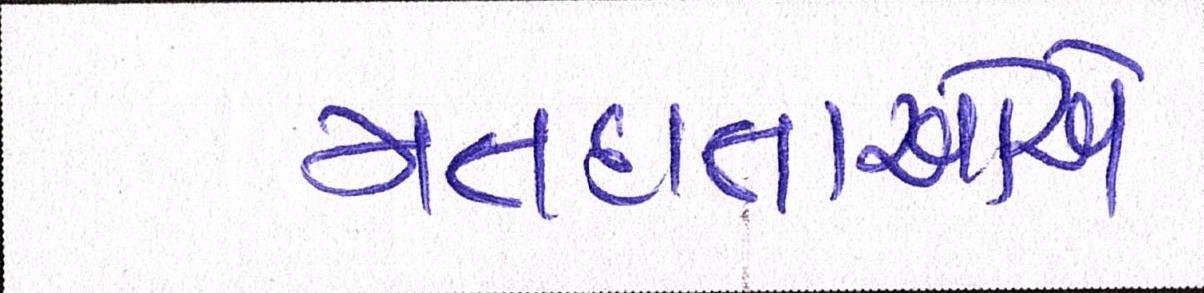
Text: મતદાતાઓએ